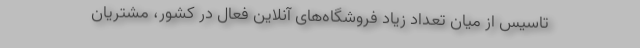
‌تاسیس از میان تعداد زیاد فروشگاه‌های آنلاین فعال در کشور، مشتریان